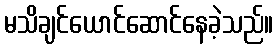
မသိချင်ယောင်ဆောင်နေခဲ့သည်။